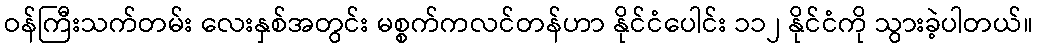
ဝန်ကြီးသက်တမ်း လေးနှစ်အတွင်း မစ္စက်ကလင်တန်ဟာ နိုင်ငံပေါင်း ၁၁၂ နိုင်ငံကို သွားခဲ့ပါတယ်။